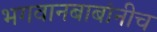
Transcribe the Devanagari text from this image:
भगवानबाबांनीच